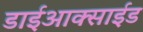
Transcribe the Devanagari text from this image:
डाईआक्साईड